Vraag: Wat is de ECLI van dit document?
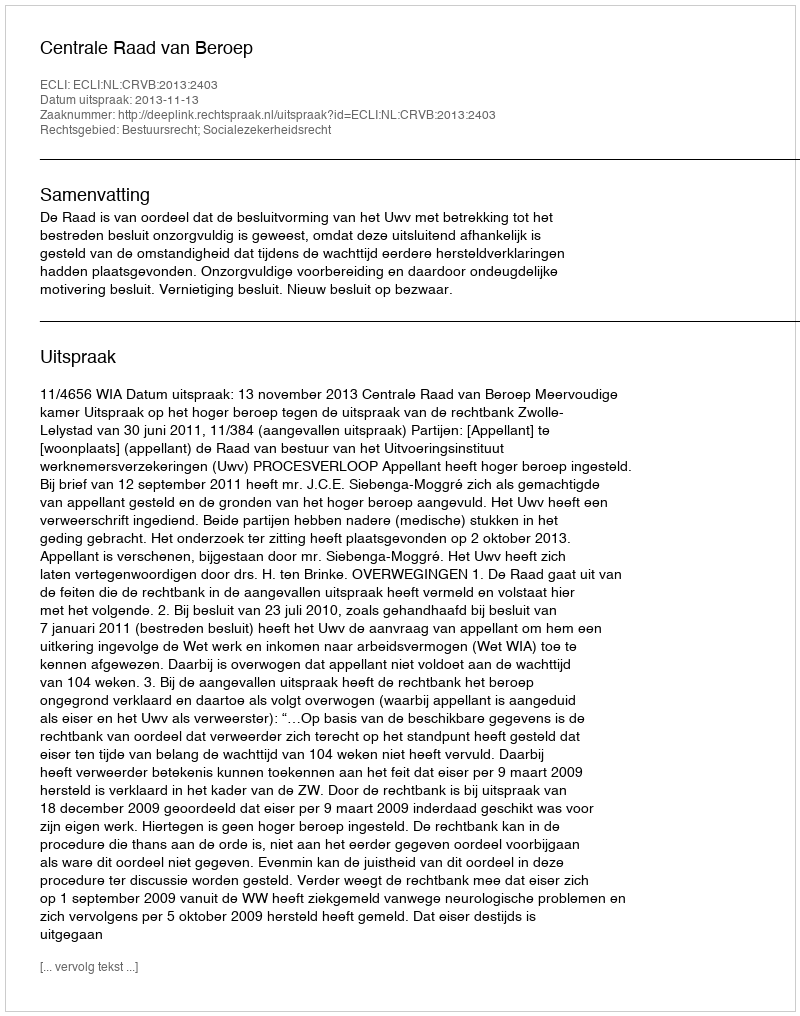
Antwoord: ECLI:NL:CRVB:2013:2403